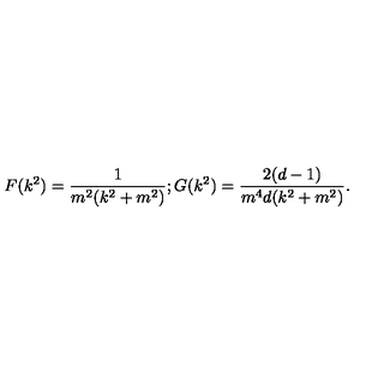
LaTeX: F ( k ^ { 2 } ) = \frac { 1 } { m ^ { 2 } ( k ^ { 2 } + m ^ { 2 } ) } ; G ( k ^ { 2 } ) = \frac { 2 ( d - 1 ) } { m ^ { 4 } d ( k ^ { 2 } + m ^ { 2 } ) } .